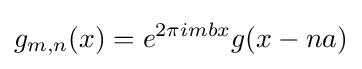
g_{m,n}(x)=e^{2\pi imbx}g(x-na)